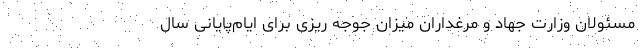
مسئولان وزارت جهاد و مرغداران میزان جوجه ریزی برای ایام‌پایانی سال